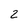
Character: 2